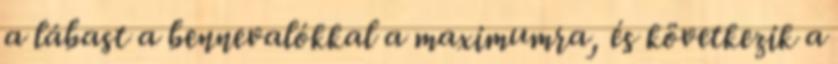
a lábast a bennevalókkal a maximumra, és következik a